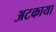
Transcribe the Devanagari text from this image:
अटकाया